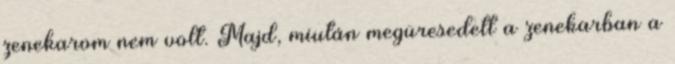
zenekarom nem volt. Majd, miután megüresedett a zenekarban a